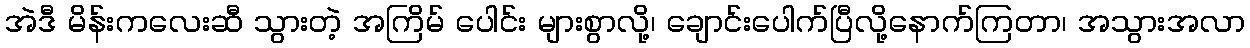
အဲဒီ မိန်းကလေးဆီ သွားတဲ့ အကြိမ် ပေါင်း များစွာလို့၊ ချောင်းပေါက်ပြီလို့နောက်ကြတာ၊ အသွားအလာ